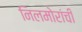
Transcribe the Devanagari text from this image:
निलमोरांची